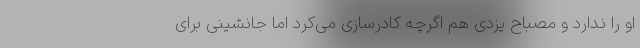
او را ندارد و مصباح یزدی هم اگرچه کادرسازی می‌کرد اما جانشینی برای